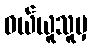
ဝယ်ယူသူမှ